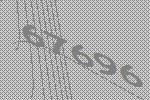
67696